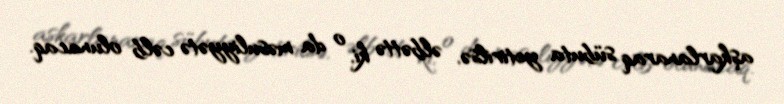
aşkarlanaraq sübuta yetirilsə, əlbəttə ki, o da məsuliyyətə cəlb olunacaq.